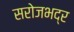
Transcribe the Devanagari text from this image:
सरोजभद्र